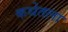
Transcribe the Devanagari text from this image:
कथेतला